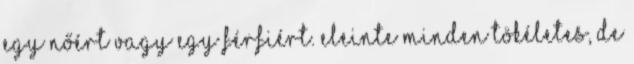
egy nőért vagy egy férfiért. Eleinte minden tökéletes, de